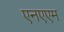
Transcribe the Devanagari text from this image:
एनएएम